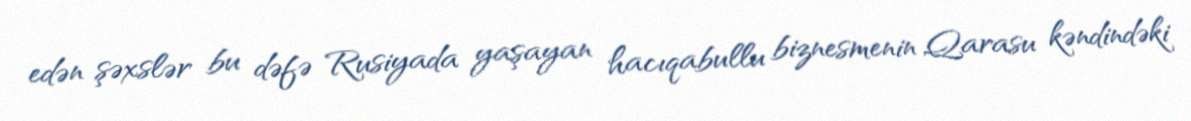
edən şəxslər bu dəfə Rusiyada yaşayan hacıqabullu biznesmenin Qarasu kəndindəki